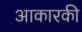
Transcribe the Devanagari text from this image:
आकारकी